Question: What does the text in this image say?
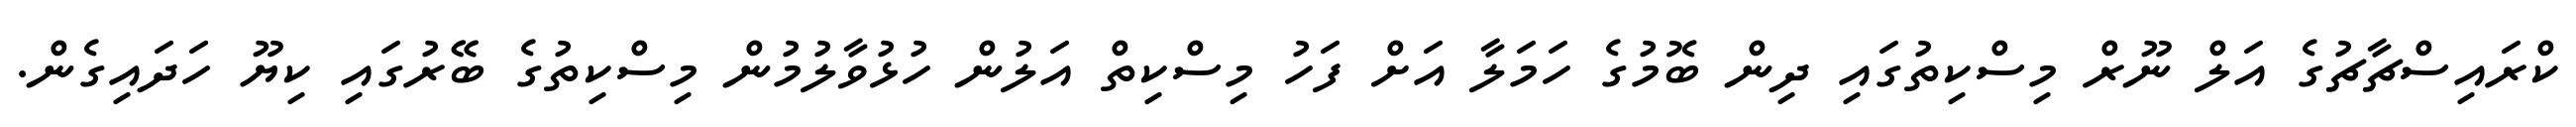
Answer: ކްރައިސްޗާޗުގެ އަލް ނޫރް މިސްކިތުގައި ދިން ބޮމުގެ ހަމަލާ އަށް ފަހު މިސްކިތް އަލުން ހުޅުވާލުމުން މިސްކިތުގެ ބޭރުގައި ކިޔޫ ހަދައިގެން.